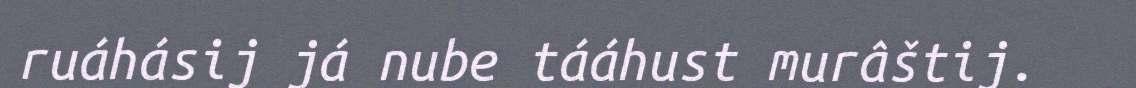
ruáhásij já nube tááhust murâštij.